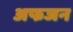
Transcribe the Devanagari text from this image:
अफजन